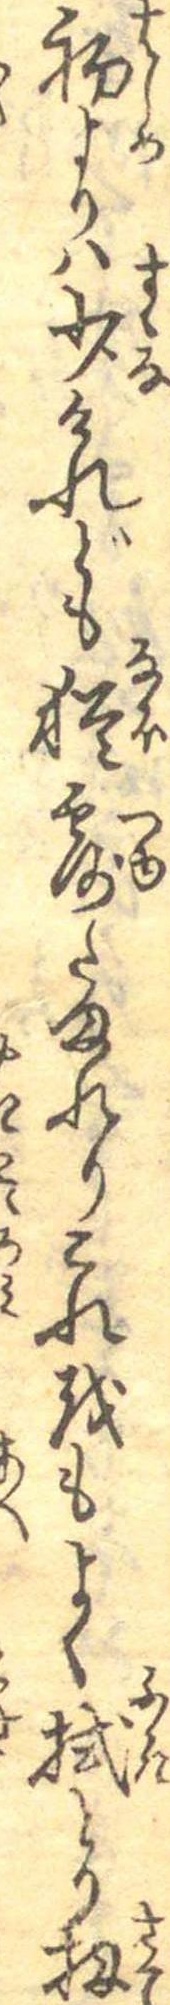
初よりは少けれども猶露たまれりこれをもよく拭とり扨